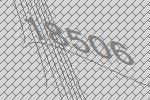
18506